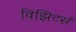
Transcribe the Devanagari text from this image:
विझिटर्स